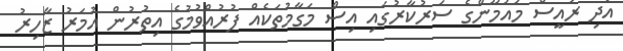
އަދި ރައީސް މައުމޫންގެ ސަރުކާރުގައި އިސް މަގާމުތަކެއް ފުރުއްވުމުގެ އިތުރުން އުމަރު ޒާހިރު